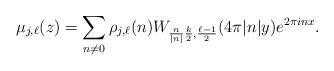
LaTeX: \begin{align*} \mu_{j, \ell}(z) = \sum_{n \neq 0} \rho_{j,\ell}(n) W_{\frac{n}{\lvert n \rvert} \frac{k}{2}, \frac{\ell-1}{2}}(4\pi \lvert n \rvert y) e^{2\pi i n x}.\end{align*}